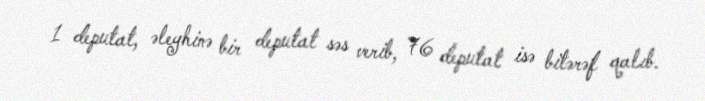
1 deputat, əleyhinə bir deputat səs verib, 76 deputat isə bitərəf qalıb.